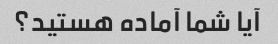
آیا شما آماده هستید؟